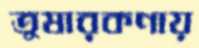
তুষারকণায়